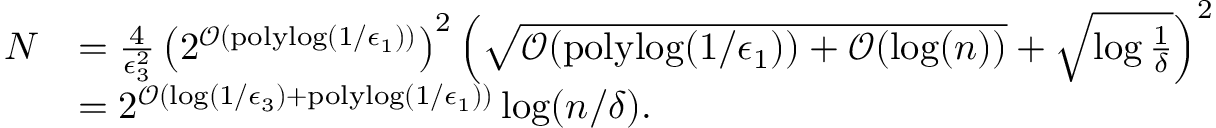
\begin{array} { r l } { N } & { = \frac { 4 } { \epsilon _ { 3 } ^ { 2 } } \left( 2 ^ { \mathcal { O } ( \mathrm { p o l y l o g } ( 1 / \epsilon _ { 1 } ) ) } \right) ^ { 2 } \left( \sqrt { \mathcal { O } ( \mathrm { p o l y l o g } ( 1 / \epsilon _ { 1 } ) ) + \mathcal { O } ( \log ( n ) ) } + \sqrt { \log \frac { 1 } { \delta } } \right) ^ { 2 } } \\ & { = 2 ^ { \mathcal { O } ( \log ( 1 / \epsilon _ { 3 } ) + \mathrm { p o l y l o g } ( 1 / \epsilon _ { 1 } ) ) } \log ( n / \delta ) . } \end{array}